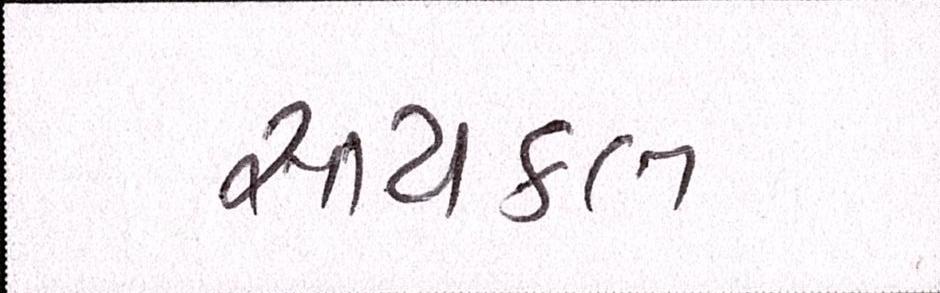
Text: સાયકલ